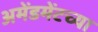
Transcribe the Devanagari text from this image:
अमेंडमेंटच्या